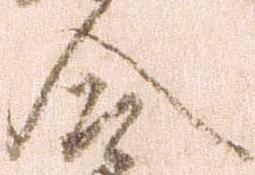
合